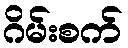
ဂိမ်းစက်